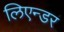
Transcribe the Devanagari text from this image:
लिएन्डर